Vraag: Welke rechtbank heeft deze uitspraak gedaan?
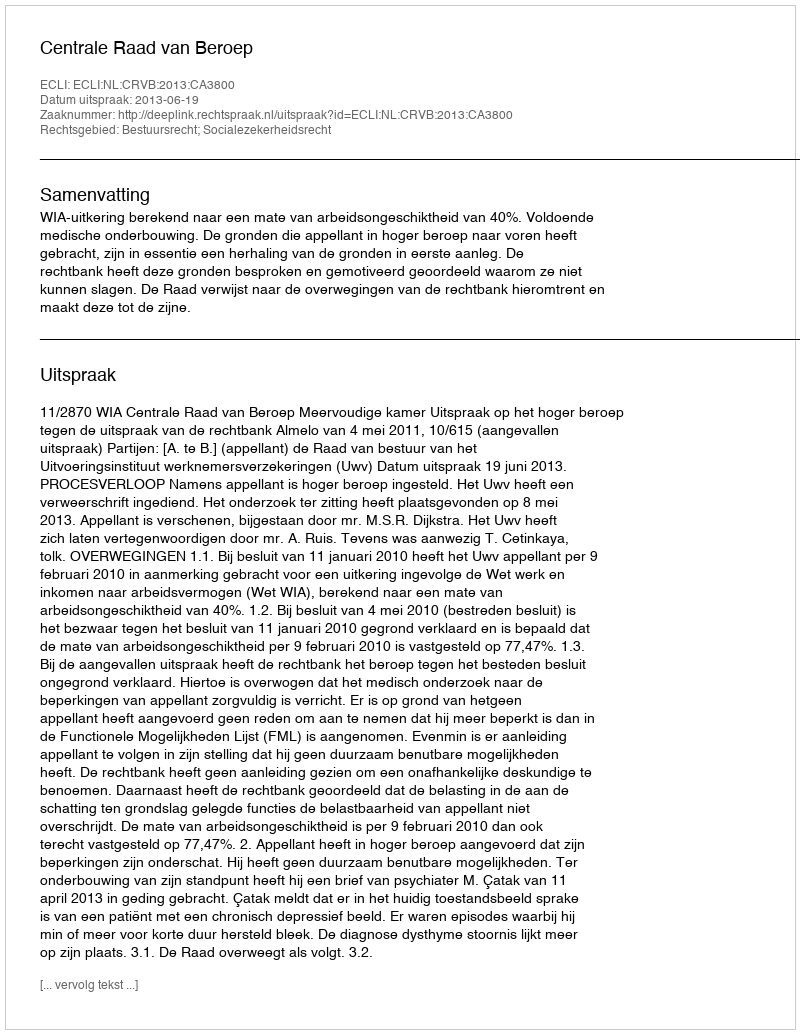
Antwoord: Centrale Raad van Beroep